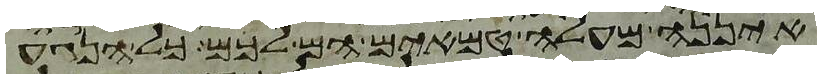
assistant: איננה מעלה טמאים הם לכם כל הנגע